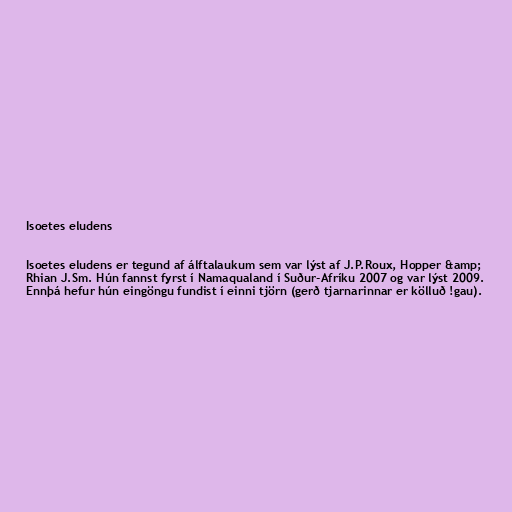
Isoetes eludens

Isoetes eludens er tegund af álftalaukum sem var lýst af J.P.Roux, Hopper &amp;
Rhian J.Sm. Hún fannst fyrst í Namaqualand í Suður-Afríku 2007 og var lýst 2009.
Ennþá hefur hún eingöngu fundist í einni tjörn (gerð tjarnarinnar er kölluð !gau).